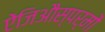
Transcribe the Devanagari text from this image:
ऐंजिऔस्पर्मों